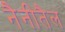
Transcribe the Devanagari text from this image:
नैनीतैल